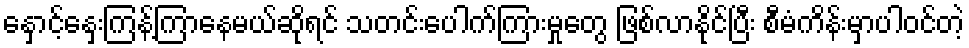
နှောင့်နှေးကြန့်ကြာနေမယ်ဆိုရင် သတင်းပေါက်ကြားမှုတွေ ဖြစ်လာနိုင်ပြီး စီမံကိန်းမှာပါဝင်တဲ့